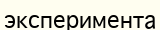
эксперимента